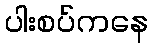
ပါးစပ်ကနေ